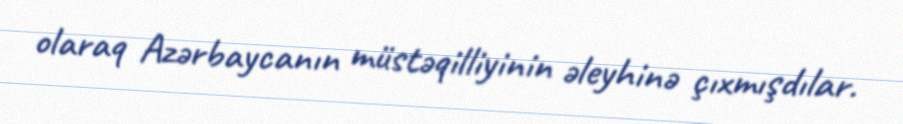
olaraq Azərbaycanın müstəqilliyinin əleyhinə çıxmışdılar.